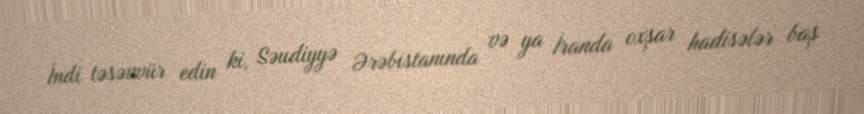
İndi təsəvvür edin ki, Səudiyyə Ərəbistanında və ya İranda oxşar hadisələr baş